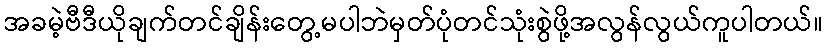
အခမဲ့ဗီဒီယိုချက်တင်ချိန်းတွေ့မပါဘဲမှတ်ပုံတင်သုံးစွဲဖို့အလွန်လွယ်ကူပါတယ်။